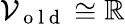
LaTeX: \mathcal{V}_{\mathrm{~o~l~d~}}\cong\mathbb{R}